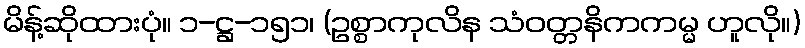
မိန့်ဆိုထားပုံ။ ၁-ဋ္ဌ-၁၅၁၊ (ဥစ္စာကုလိန သံဝတ္တနိကကမ္မ ဟူလို။)